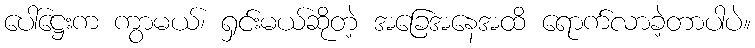
ပေါ်ဋ္ဌေးက ကွာမယ်၊ ရှင်းမယ်ဆိုတဲ့ အခြေအနေအထိ ရောက်လာခဲ့တာပါပဲ။